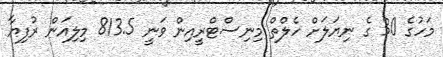
މަހުގެ 30 ގެ ނިޔަލަށް ހެލްތް މިނިސްޓްރީއިން ވަނީ 813.5 މިލިއަން ރުފިޔާ